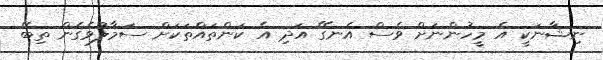
ނިޝާނަކީ އެ މީހުންނަށް ވެސް އެނގޭ އަދި އެ ކަންތައްތަކަށް ސަމާލުވެގެން ތިބޭ